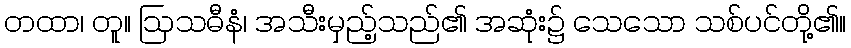
တထာ၊ တူ။ ဩသဓီနံ၊ အသီးမှည့်သည်၏ အဆုံး၌ သေသော သစ်ပင်တို့၏။